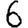
Digit: 6